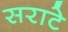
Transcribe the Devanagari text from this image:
सराटे